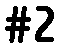
#2